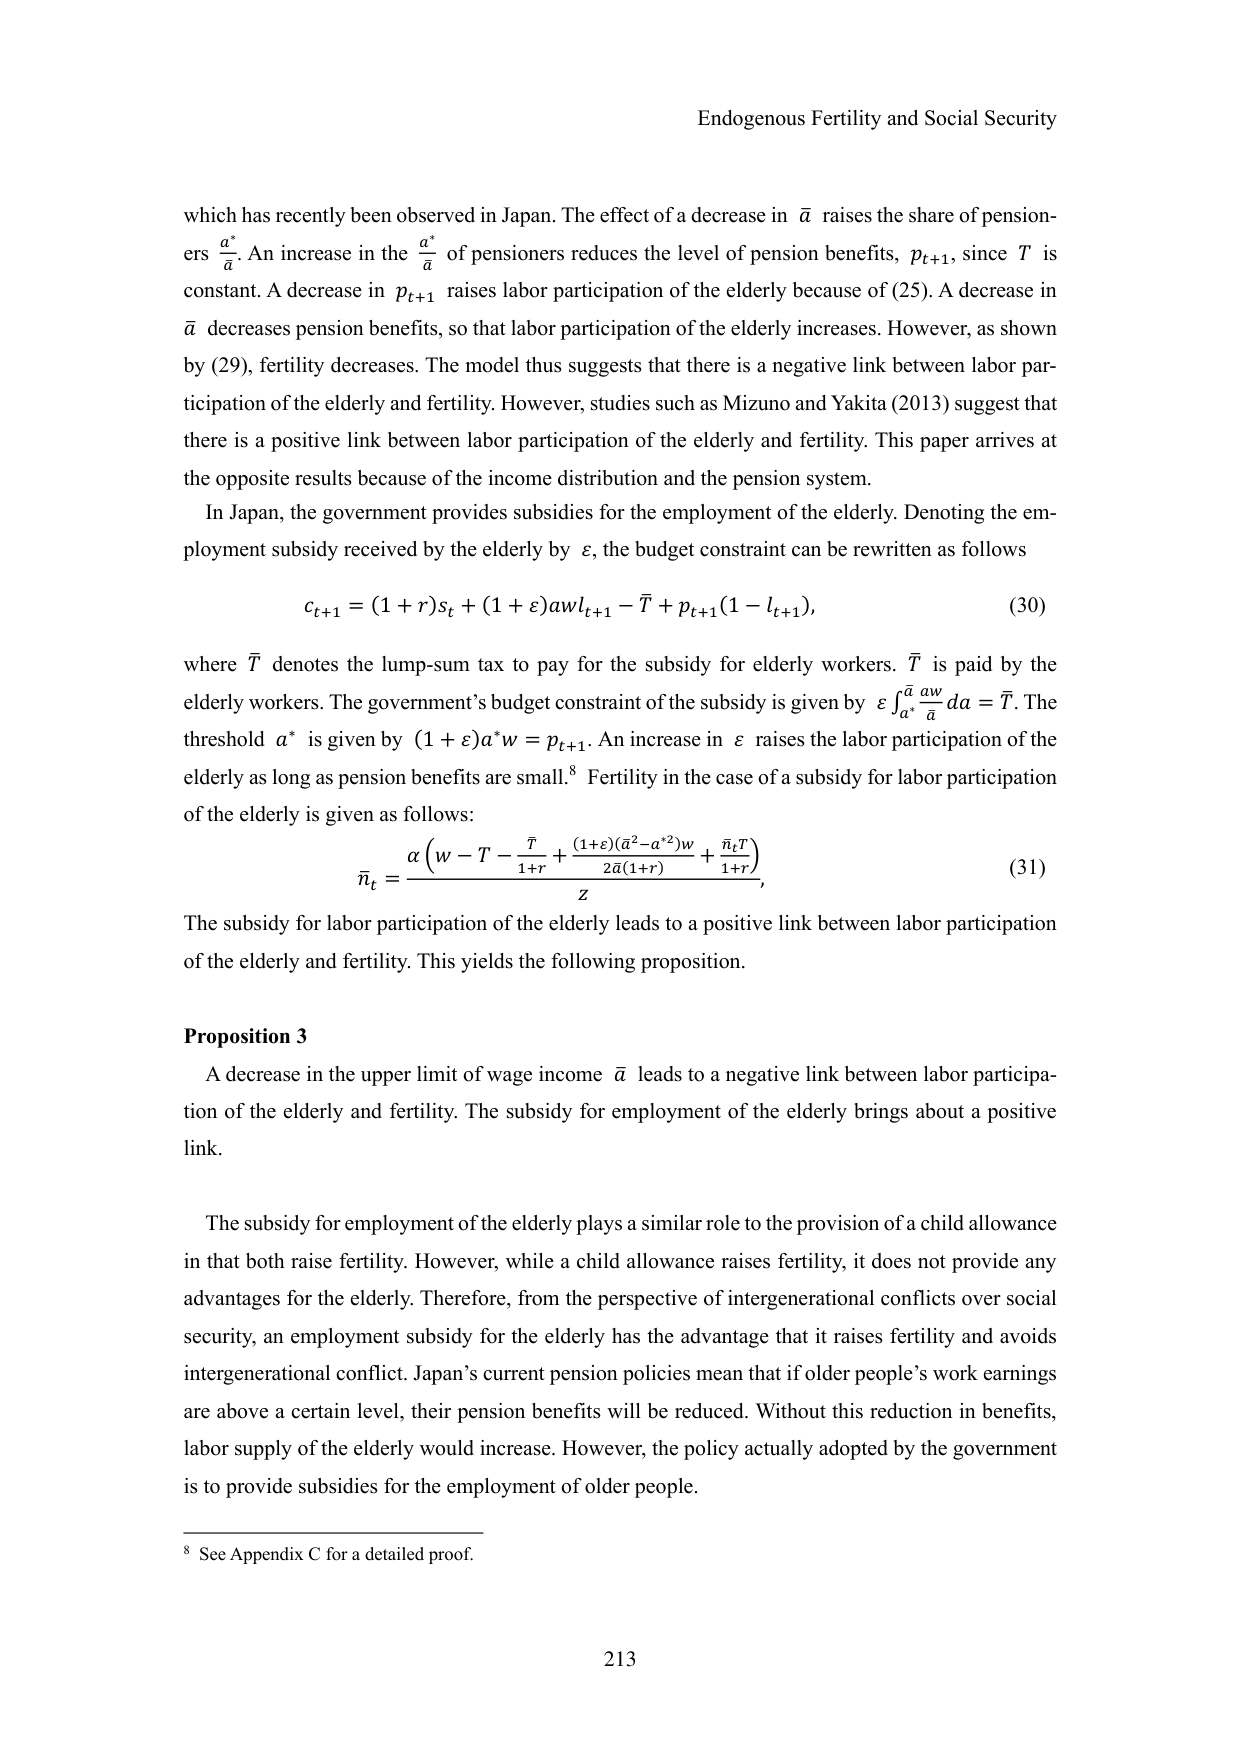
Endogenous Fertility and Social Security

which has recently been observed in Japan. The effect of a decrease in ̄a raises the share of pensioners a∗/̄a. An increase in the a∗/̄a of pensioners reduces the level of pension benefits, pt+1, since T is constant. A decrease in pt+1 raises labor participation of the elderly because of (25). A decrease in ̄a decreases pension benefits, so that labor participation of the elderly increases. However, as shown by (29), fertility decreases. The model thus suggests that there is a negative link between labor participation of the elderly and fertility. However, studies such as Mizuno and Yakita (2013) suggest that there is a positive link between labor participation of the elderly and fertility. This paper arrives at the opposite results because of the income distribution and the pension system.

In Japan, the government provides subsidies for the employment of the elderly. Denoting the employment subsidy received by the elderly by ε, the budget constraint can be rewritten as follows

ct+1 = (1 + r)st + (1 + ε)awl t+1 − T̄ + pt+1(1 − lt+1), (30)

where T̄ denotes the lump-sum tax to pay for the subsidy for elderly workers. T̄ is paid by the elderly workers. The government’s budget constraint of the subsidy is given by ε ∫̄a a∗ (aw/̄a) da = T̄. The threshold a∗ is given by (1 + ε)a∗w = pt+1. An increase in ε raises the labor participation of the elderly as long as pension benefits are small.8 Fertility in the case of a subsidy for labor participation of the elderly is given as follows:

ñt = [α(w − T − T̄/(1+r) + ((1+ε)(̄a²−a∗²)w)/(2̄a(1+r)) + (ñtT)/(1+r))] / Z, (31)

The subsidy for labor participation of the elderly leads to a positive link between labor participation of the elderly and fertility. This yields the following proposition.

Proposition 3

A decrease in the upper limit of wage income ̄a leads to a negative link between labor participation of the elderly and fertility. The subsidy for employment of the elderly brings about a positive link.

The subsidy for employment of the elderly plays a similar role to the provision of a child allowance in that both raise fertility. However, while a child allowance raises fertility, it does not provide any advantages for the elderly. Therefore, from the perspective of intergenerational conflicts over social security, an employment subsidy for the elderly has the advantage that it raises fertility and avoids intergenerational conflict. Japan’s current pension policies mean that if older people’s work earnings are above a certain level, their pension benefits will be reduced. Without this reduction in benefits, labor supply of the elderly would increase. However, the policy actually adopted by the government is to provide subsidies for the employment of older people.

8 See Appendix C for a detailed proof.

213